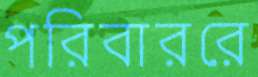
পরিবাররে